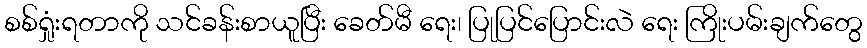
စစ်ရှုံးရတာကို သင်ခန်းစာယူပြီး ခေတ်မီ ရေး၊ ပြုပြင်ပြောင်းလဲ ရေး ကြိုးပမ်းချက်တွေ